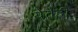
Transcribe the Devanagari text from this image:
येतेही